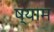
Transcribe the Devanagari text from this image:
ष्याम